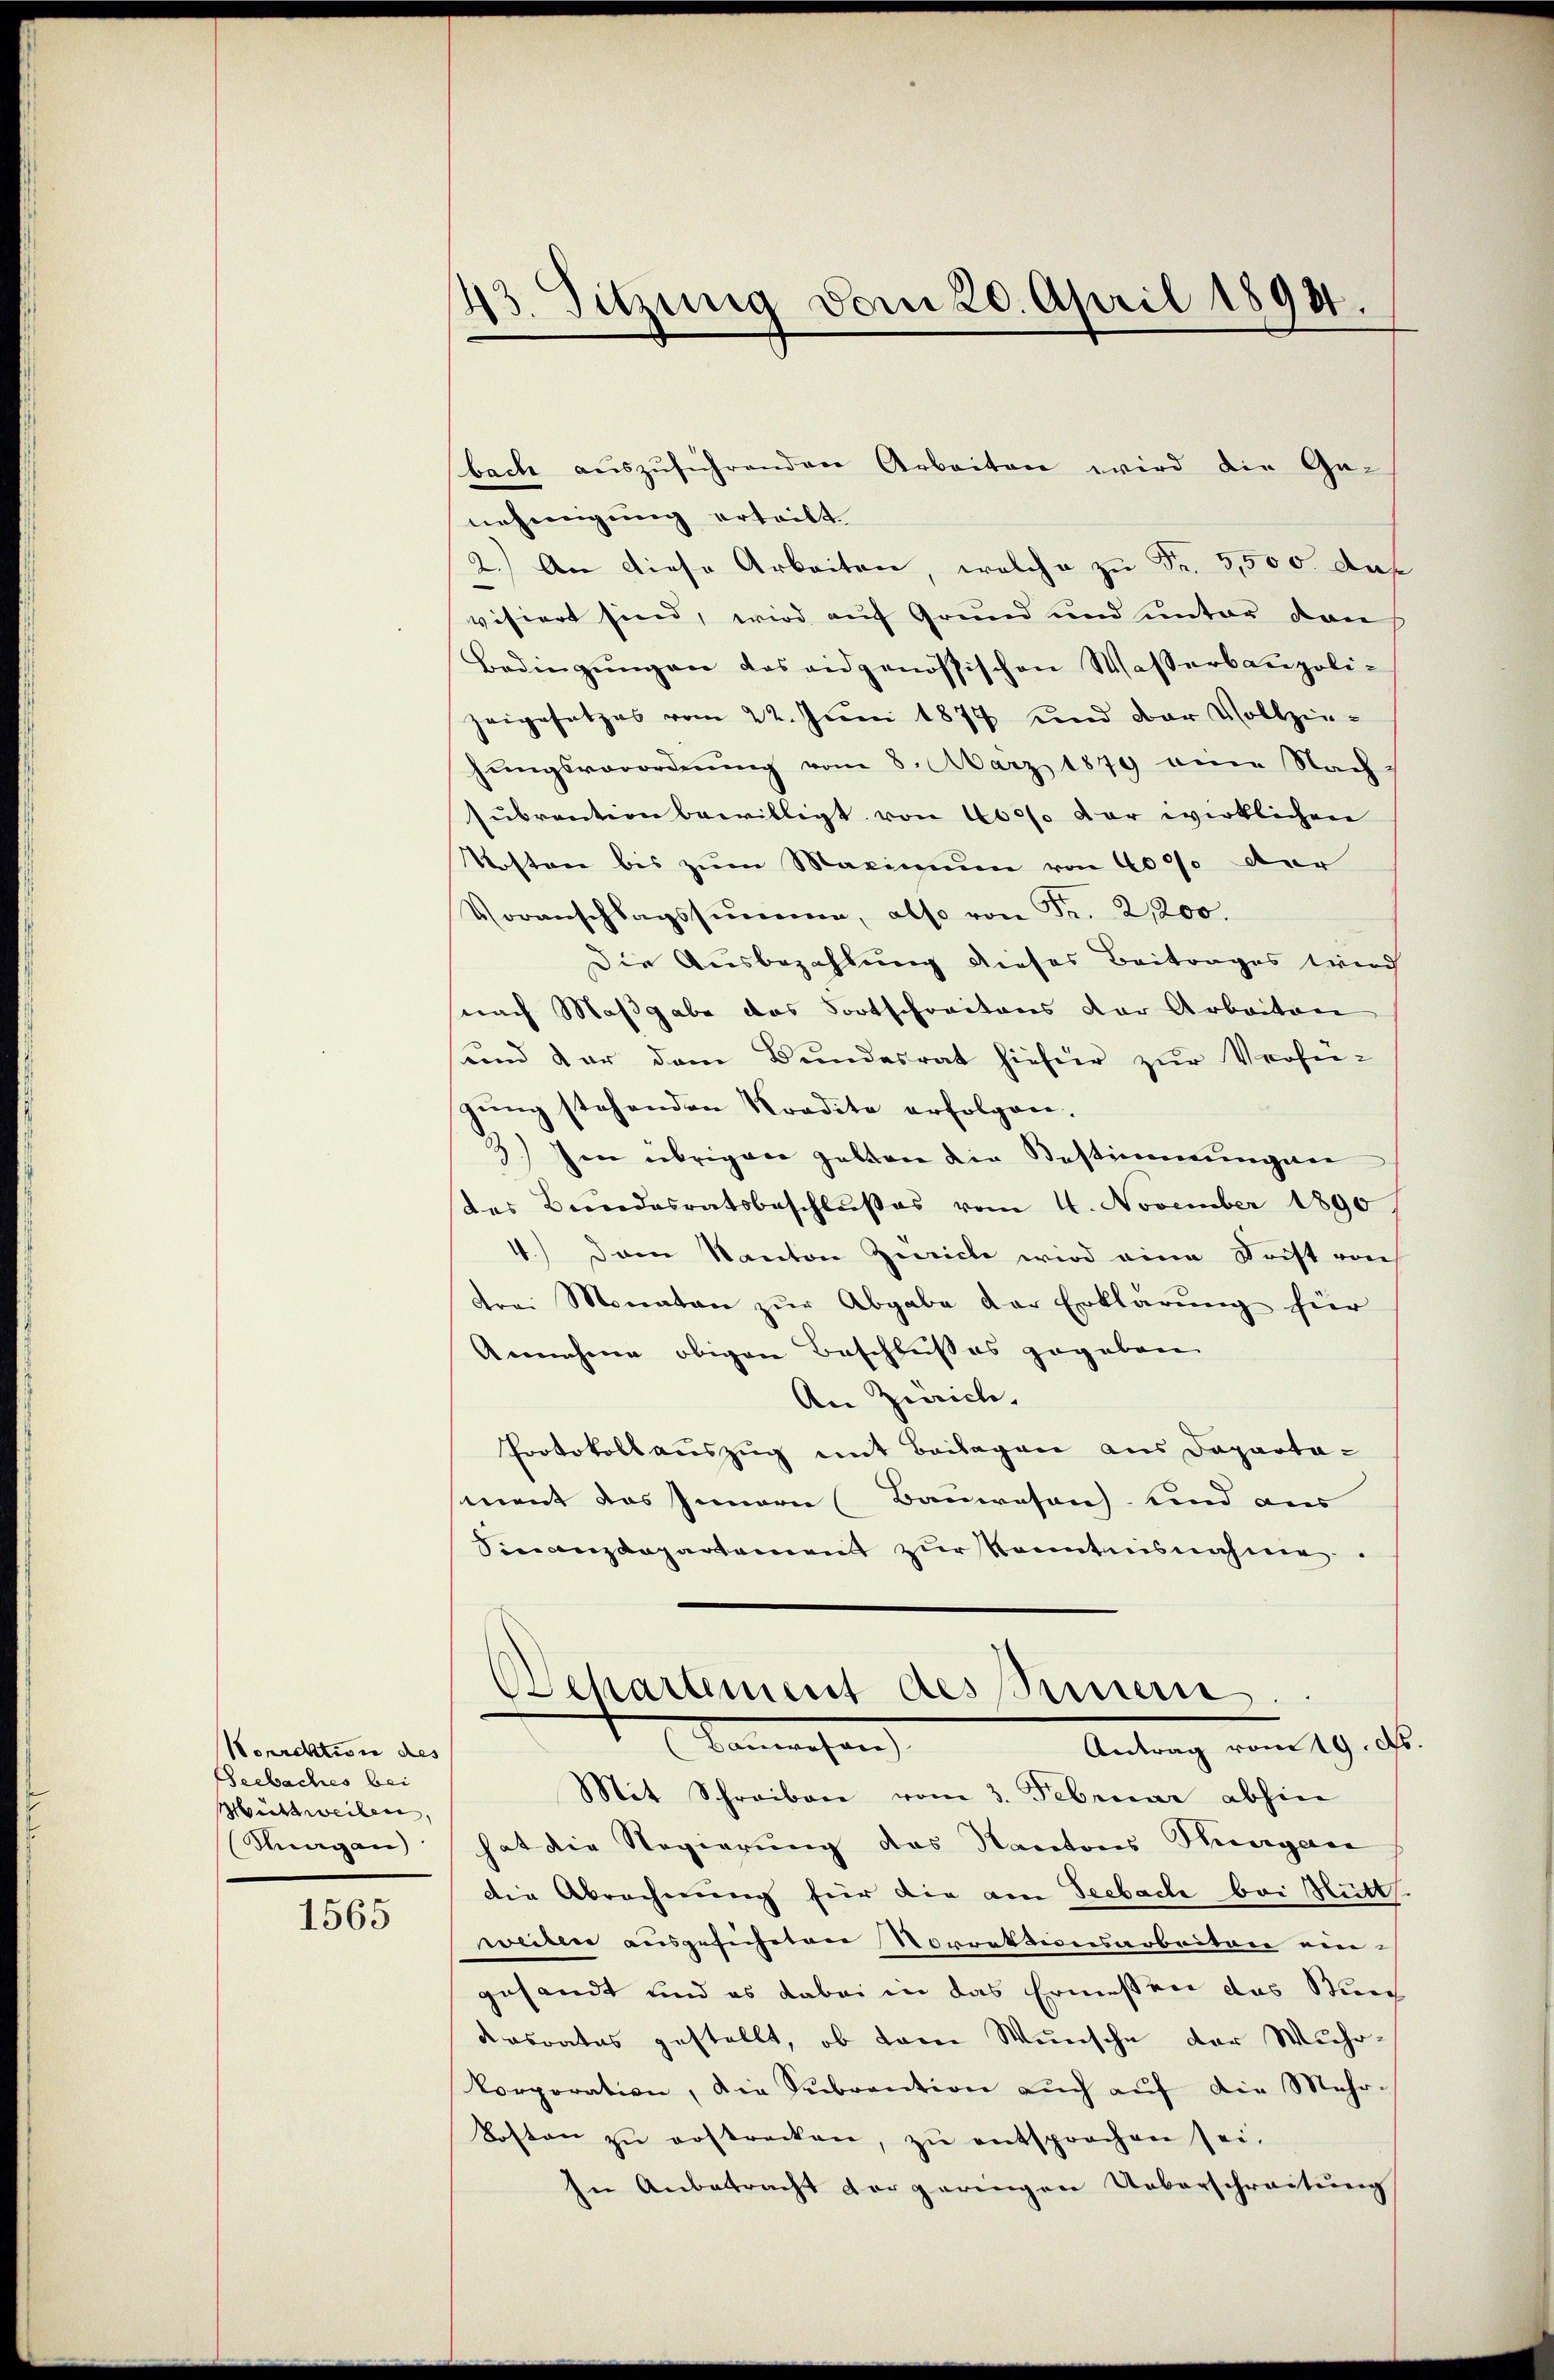
Sorrektion des
Seebaches bei
Mittweilen,
Hergan

1565

43. Sitzung vom 20. April 1898.

nehmigung erteilt.
2.) An diese Arbeiten, welche zu Fr. 3,500. diese
visiert sind, wird auf Grund und unter dan
Bedingŭngen das eidgenössischen Wasserbaupoli-
zeigesetzes vom 22. Jŭni 1874 und der Vollzie-
hungsverordnung vom 8. März 1879 am Nach
subrention bewilligt von 4000 vor wirklichen
Kosten bis zum Maximum von 4000 der
Voranschlagssumme, also von Fr. 2,200.
Die Ausbezahlung dieses Beitrages wird
nach Maßgabe das Fortschreitens der Arbeiten
und der dem Bundesrat hiefür zur Verfügung stehenden Kredite erfolgen.
3.) Im übrigen geben die Bestimmungen
des Bundesratsbeschlußes vom 4. November 1890
4.) Dem Kanton Zürich wird eine Frist von
drei Monaten zŭr Abgabe der Erklärŭng für
Annahme obigen Beschlußes gegeben
An Zürich,
Protokollauszug mit Beilagen aus Dapartasment das Innern (Bauwesen und aus
Finanzdepartement zŭr Kenntnisnahme.
Departement des immern.
Tannehan
Antrag vom 19. ds
Mit Schreiben vom 3. Februar abhin
hat die Regierung des Kantons Hungan
die Abrechnung für die am Seebach bei Mutt
weiten ausgesucheten Vorrektionsarbeiten ein-
gesandt und es dabei in das Ermessen das Succ
desrates gestellt, ob dem Wunsche der Wuhrkorporation, die Subvention aŭch aŭf die Mehr-
Kosten zŭ erstrecken, zŭ entsprochen sei.
In Anbetracht der geringen Ueberschreitung

bach aŭszŭführenden Arbeiten wird die Ge-